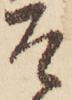
そ